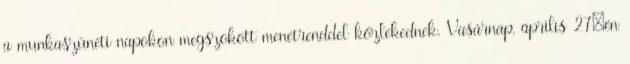
a munkaszüneti napokon megszokott menetrenddel közlekednek. Vasárnap, április 27–én